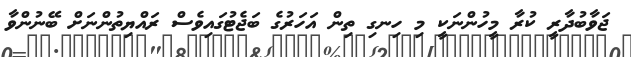
ޖަވާބުދާރީ ކުރާ މީހުންނަކީ މި ހިނގި ތިން އަހަރުގެ ބަޖެޓުގައިވެސް ރައްޔިތުންނަށް ބޭނުންވާ